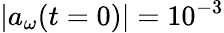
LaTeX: |a_{\omega}(t=0)|=10^{-3}